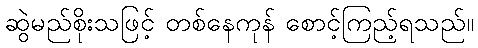
ဆွဲမည်စိုးသဖြင့် တစ်နေကုန် စောင့်ကြည့်ရသည်။